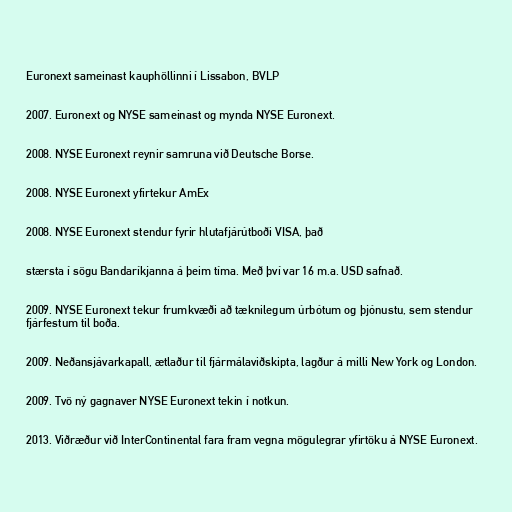
Euronext sameinast kauphöllinni í Lissabon, BVLP

2007. Euronext og NYSE sameinast og mynda NYSE Euronext.

2008. NYSE Euronext reynir samruna við Deutsche Borse.

2008. NYSE Euronext yfirtekur AmEx

2008. NYSE Euronext stendur fyrir hlutafjárútboði VISA, það

stærsta í sögu Bandaríkjanna á þeim tíma. Með því var 16 m.a. USD safnað.

2009. NYSE Euronext tekur frumkvæði að tæknilegum úrbótum og þjónustu, sem stendur
fjárfestum til boða.

2009. Neðansjávarkapall, ætlaður til fjármálaviðskipta, lagður á milli New York og London.

2009. Tvö ný gagnaver NYSE Euronext tekin í notkun.

2013. Viðræður við InterContinental fara fram vegna mögulegrar yfirtöku á NYSE Euronext.